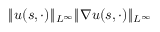
\| u ( s , \cdot ) \| _ { L ^ { \infty } } \| \nabla u ( s , \cdot ) \| _ { L ^ { \infty } }